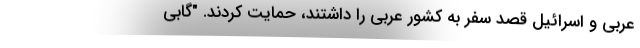
عربی و اسرائیل قصد سفر به کشور عربی را داشتند، حمایت کردند. "گابی